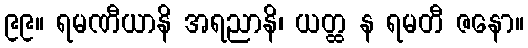
၉၉။ ရမဏီယာနိ အရညာနိ၊ ယတ္ထ န ရမတီ ဇနော။